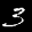
Label: 3